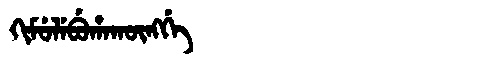
Manchu: ᡴᡳᠮᡠᠯᡝᠪᡠᡥᠠᡴᡡᠩᡤᡝ
Romanization: KIMULEBUHAKŪNGGE